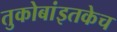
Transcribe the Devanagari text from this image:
तुकोबांइतकेच